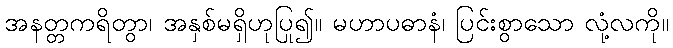
အနတ္တကရိတွာ၊ အနှစ်မရှိဟုပြု၍။ မဟာပဓာနံ၊ ပြင်းစွာသော လုံ့လကို။